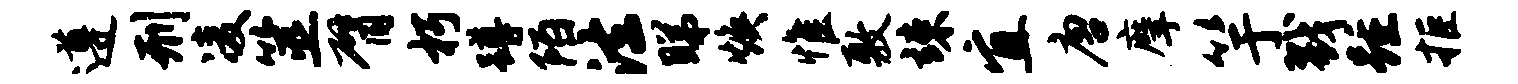
遵刑凌筮臂朽蹲陌法睇焕惟敷竦宜唐摩竽戮踵拒